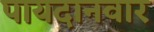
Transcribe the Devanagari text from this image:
पायदानवार